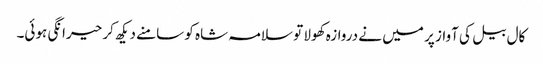
کال بیل کی آواز پر میں نے دروازہ کھولا تو سلامہ شاہ کو سامنے دیکھ کر حیرانگی ہوئی۔